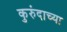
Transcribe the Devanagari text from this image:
कुरुंदाच्या